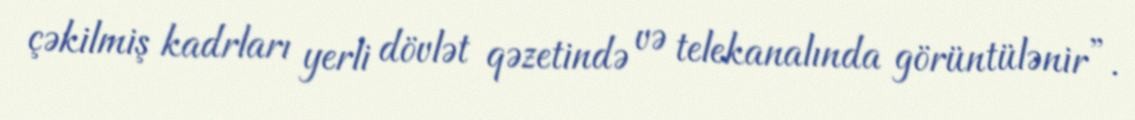
çəkilmiş kadrları yerli dövlət qəzetində və telekanalında görüntülənir”.